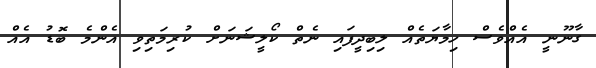
ގާނޫނީ އެއްވެސް ހިމާޔަތެއް ލިބިދީފައި ނެތް ކޯލީޝަނަށް ކުރިމަތިވި އެންމެ ބޮޑު އެއް